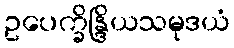
ဥပေက္ခိန္ဒြိယသမုဒယံ